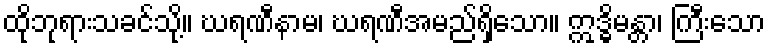
ထိုဘုရားသခင်သို့။ ဃရဏီနာမ၊ ဃရဏီအမည်ရှိသော။ ဣဒ္ဓိမန္တာ၊ ကြီးသော